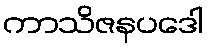
ကာသိဇနပဒေါ